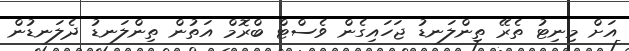
އަށް މިނިޓު ތެރޭ ތިންލަނޑު ޖަހައިގެން ވެސްޓް ބްރޮމް އަތުން ތިންލަނޑު ދެލަނޑުން